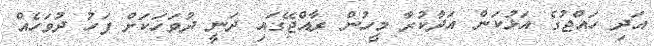
އަދި ހައްޖުގެ އަޅުކަން އަދާކުރާ މީހުން ރާއްޖޭގައި ދަނީ ދުވަހަކަށް ފަހު ދުވަހެއް